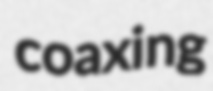
coaxing